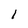
Character: l